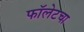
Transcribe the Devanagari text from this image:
फॉलेटचा